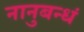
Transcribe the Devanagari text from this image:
नानुबन्धं